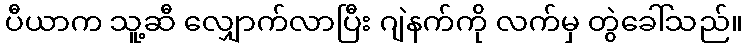
ပီယာက သူ့ဆီ လျှောက်လာပြီး ဂျဲနက်ကို လက်မှ တွဲခေါ်သည်။